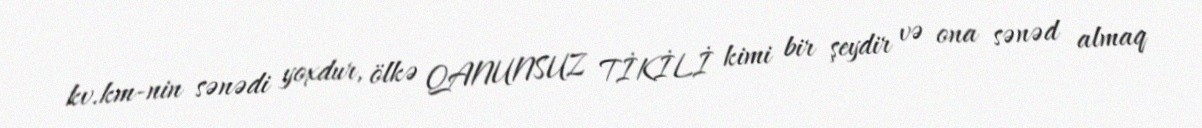
kv.km-nin sənədi yoxdur, ölkə QANUNSUZ TİKİLİ kimi bir şeydir və ona sənəd almaq